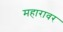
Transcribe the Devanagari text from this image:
महारावर